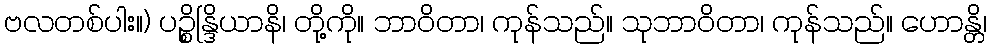
ဗလတစ်ပါး။) ပဉ္စိန္ဒြိယာနိ၊ တို့ကို။ ဘာဝိတာ၊ ကုန်သည်။ သုဘာဝိတာ၊ ကုန်သည်။ ဟောန္တိ၊